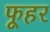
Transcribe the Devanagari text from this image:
फूहर